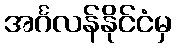
အင်္ဂလန်နိုင်ငံမှ